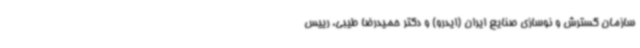
سازمان گسترش و نوسازی صنایع ایران (ایدرو) و دکتر حمیدرضا طیبی، رییس